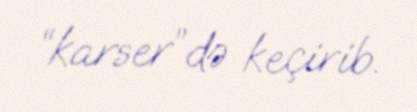
“karser”də keçirib.